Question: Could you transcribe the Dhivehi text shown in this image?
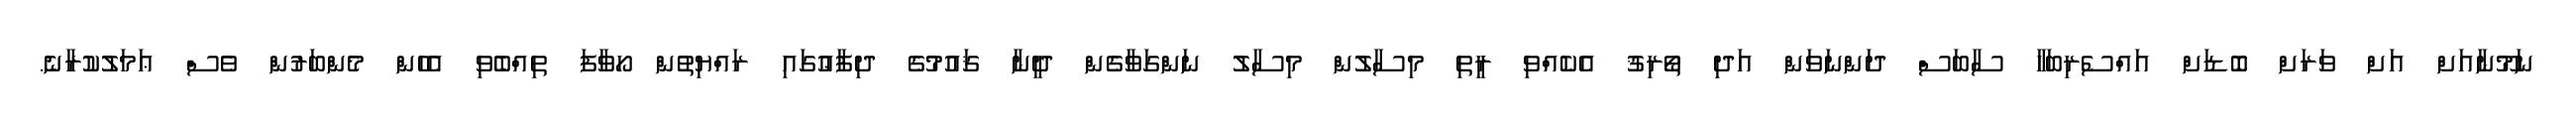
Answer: ނަމޫނާއަށް އަށް ވަރަށް ބޮޑަށް އައްސެރިބަހާ ސާބަސް ދަންނަވަން އަދި ތޯރިޤު އެކެއްވި ރީތި މިސާލުން މިސާލު ނަންގަވާގެން ދީނާ ޤައުމުގެ ދިފާޢުގައި ރައްޔިތުން ހޯވާފަ ތިއްބެވި އެހެން މެންބަރުން ވެސް ޢަމަލުކުރާނެ.